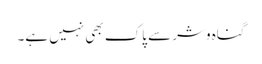
گناہ وشر سے پاک بھی نہیں ہے۔